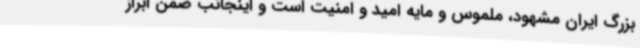
بزرگ ایران مشهود، ملموس و مایه امید و امنیت است و اینجانب ضمن ابراز